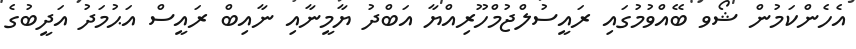
އެހެންކަމުން ޝޯވ ބޭއްވުމުގައި ރައީސުލްޖުމްހޫރިއްޔާ އަބްދު ޔާމީނާއި ނާއިބް ރައީސް އަޙުމަދު އަދީބުގެ